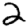
Digit: 2